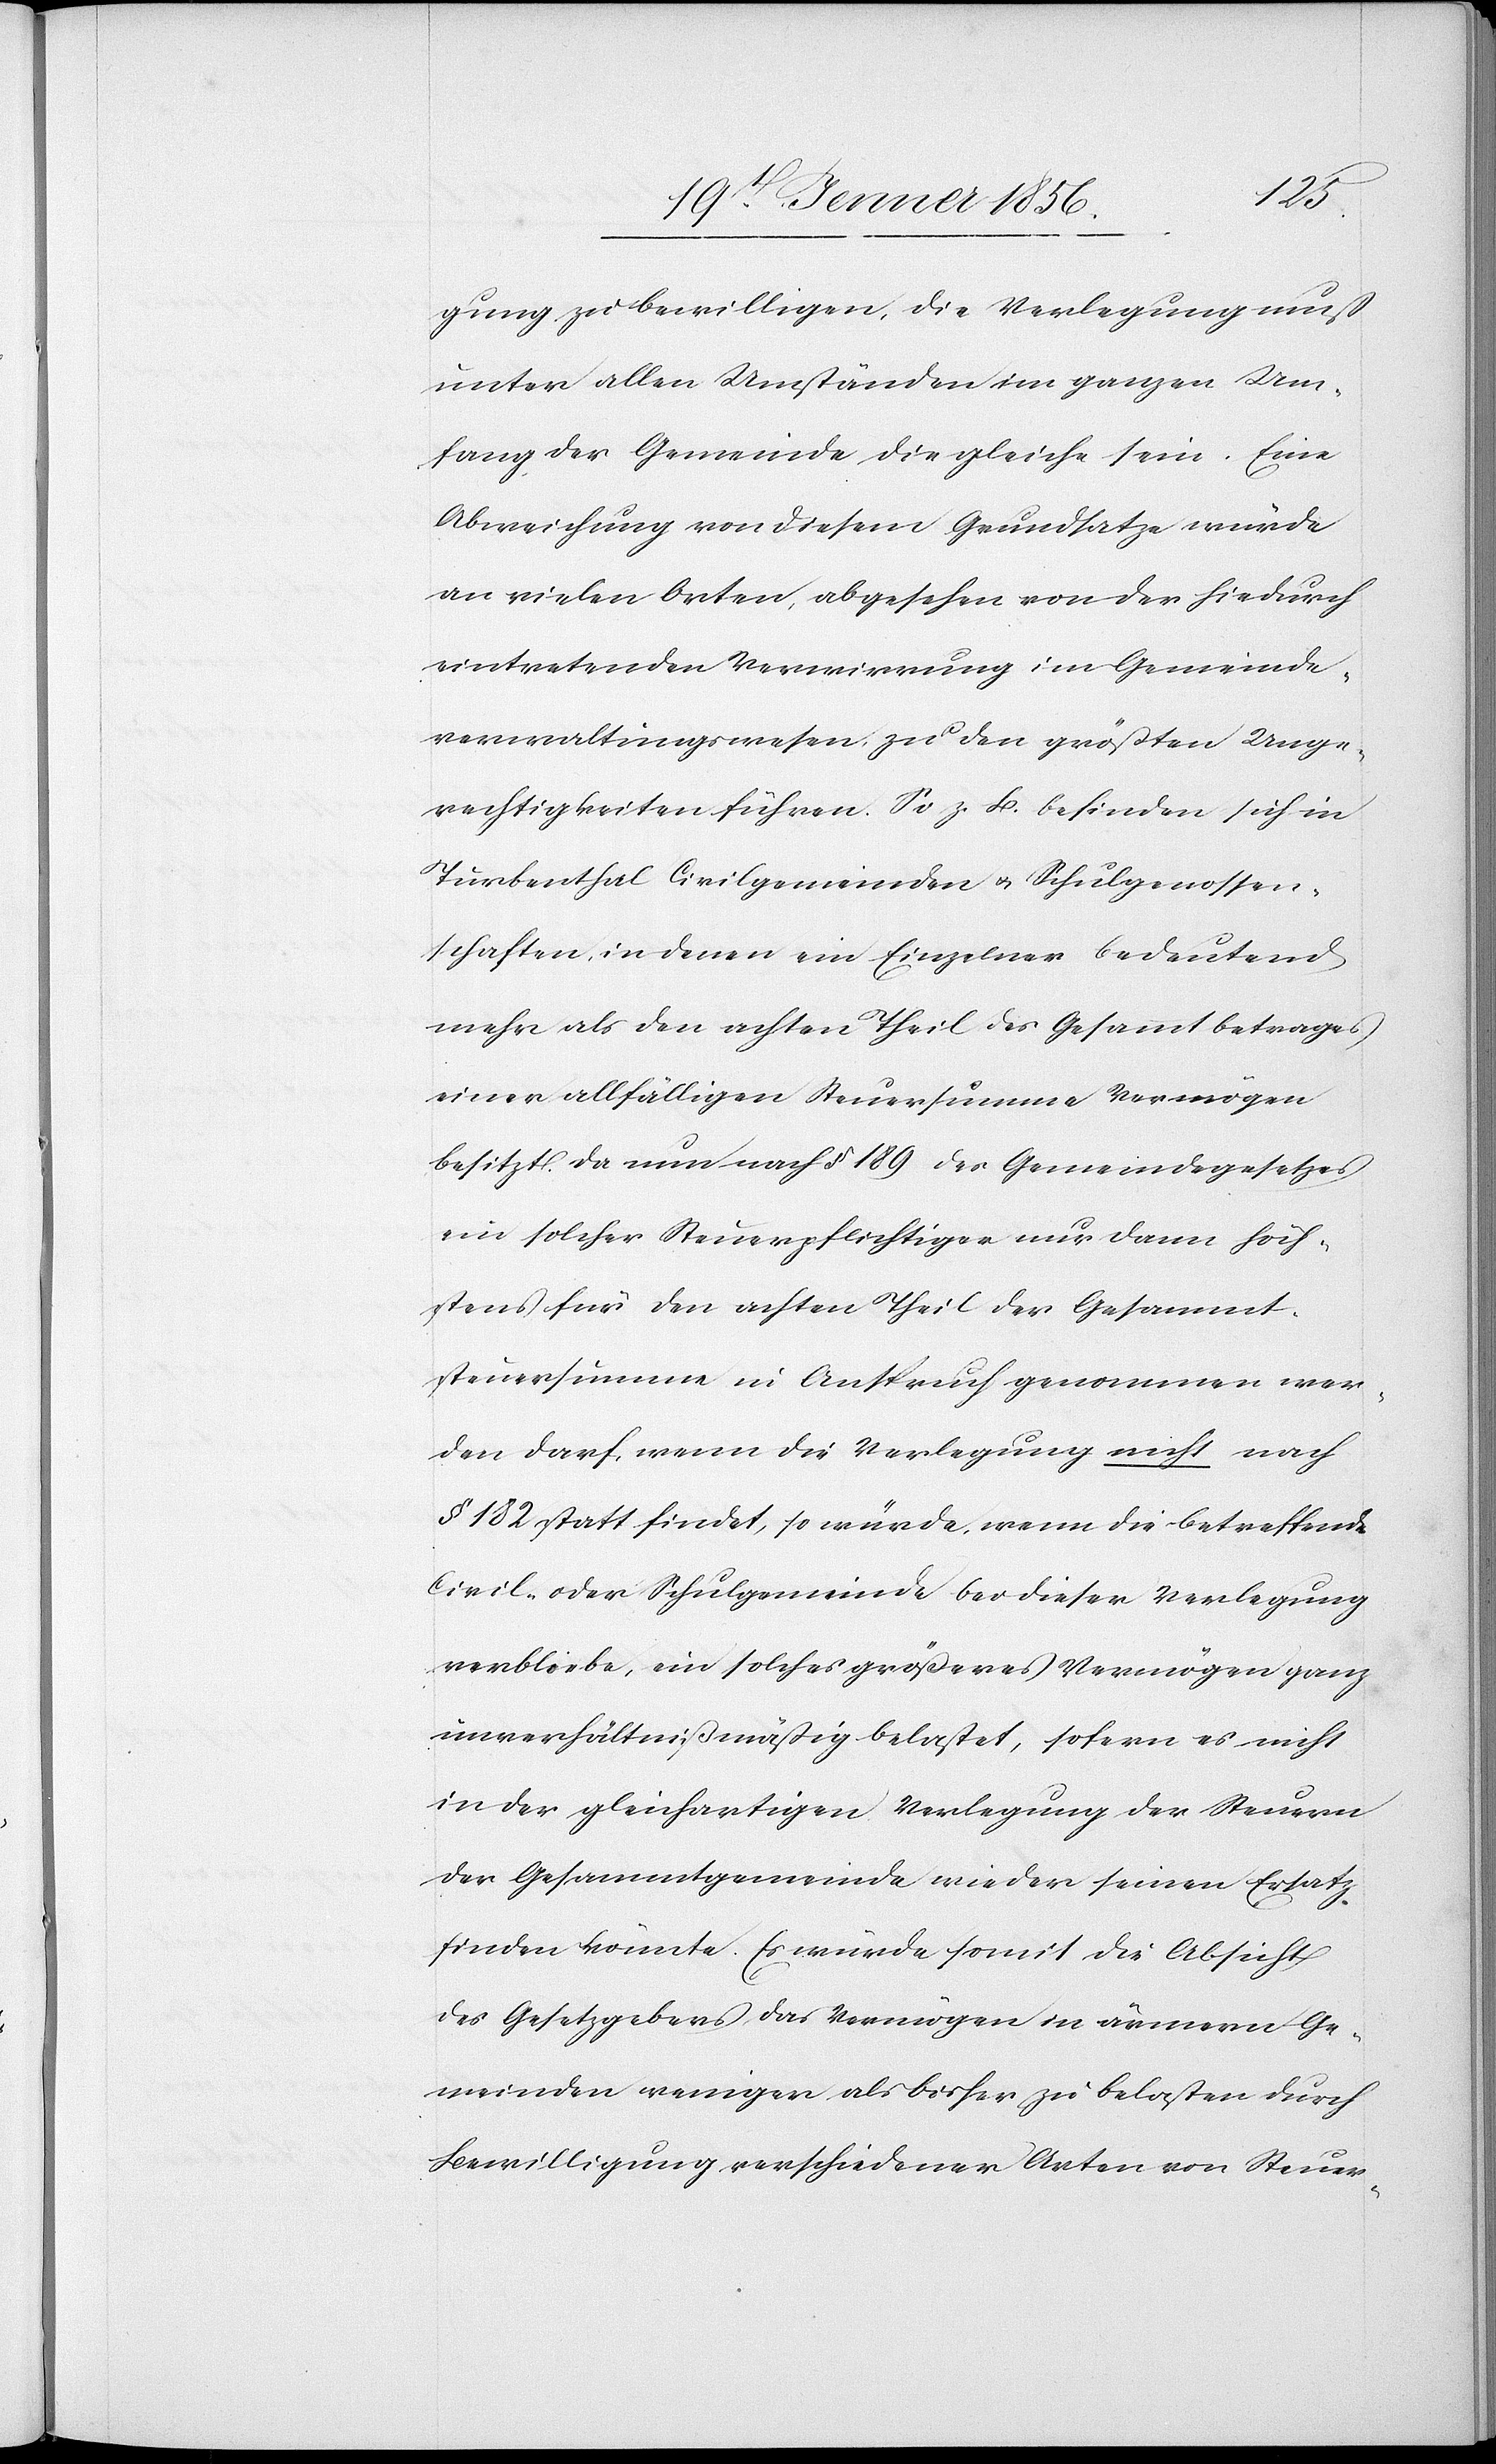
gung zu bewilligen, die Verlegung muß
unter allen Umständen im ganzen Um¬
fang der Gemeinde die gleiche sein. Eine
Abweichung von diesem Grundsatze würde
an vielen Orten, abgesehen von der hiedurch
eintretenden Verwirrung im Gemeinde¬
verwaltungswesen zu den größten Unge¬
rechtigkeiten führen. So z. B. befinden sich in
Turbenthal Civilgemeinden u. Schulgenossen¬
schaften, in denen ein Einzelner bedeutend
mehr als den achten Theil des Gesamtbetrages
einer allfälligen Steuersumme Vermögen
besitzt. Da nun nach § 189 des Gemeindegesetzes
ein solcher Steuerpflichtiger nur dann höch¬
stens für den achten Theil der Gesammt¬
steuersumme in Anspruch genommen wer¬
den darf, wenn die Verlegung nicht nach
§ 182 statt findet, so würde, wenn die betreffende
Civil- oder Schulgemeinde bei dieser Verlegung
verbliebe, ein solches größeres Vermögen ganz
unverhältnißmäßig belastet, sofern es nicht
in der gleichartigen Verlegung der Steuern
der Gesammtgemeinde wie der seinen Ersatz
finden könnte. Es würde somit die Absicht
des Gesetzgebens das Vermögen in ärmern Ge¬
meinden weniger als bisher zu belasten durch
Bewilligung verschiedener Arten von Steuer-